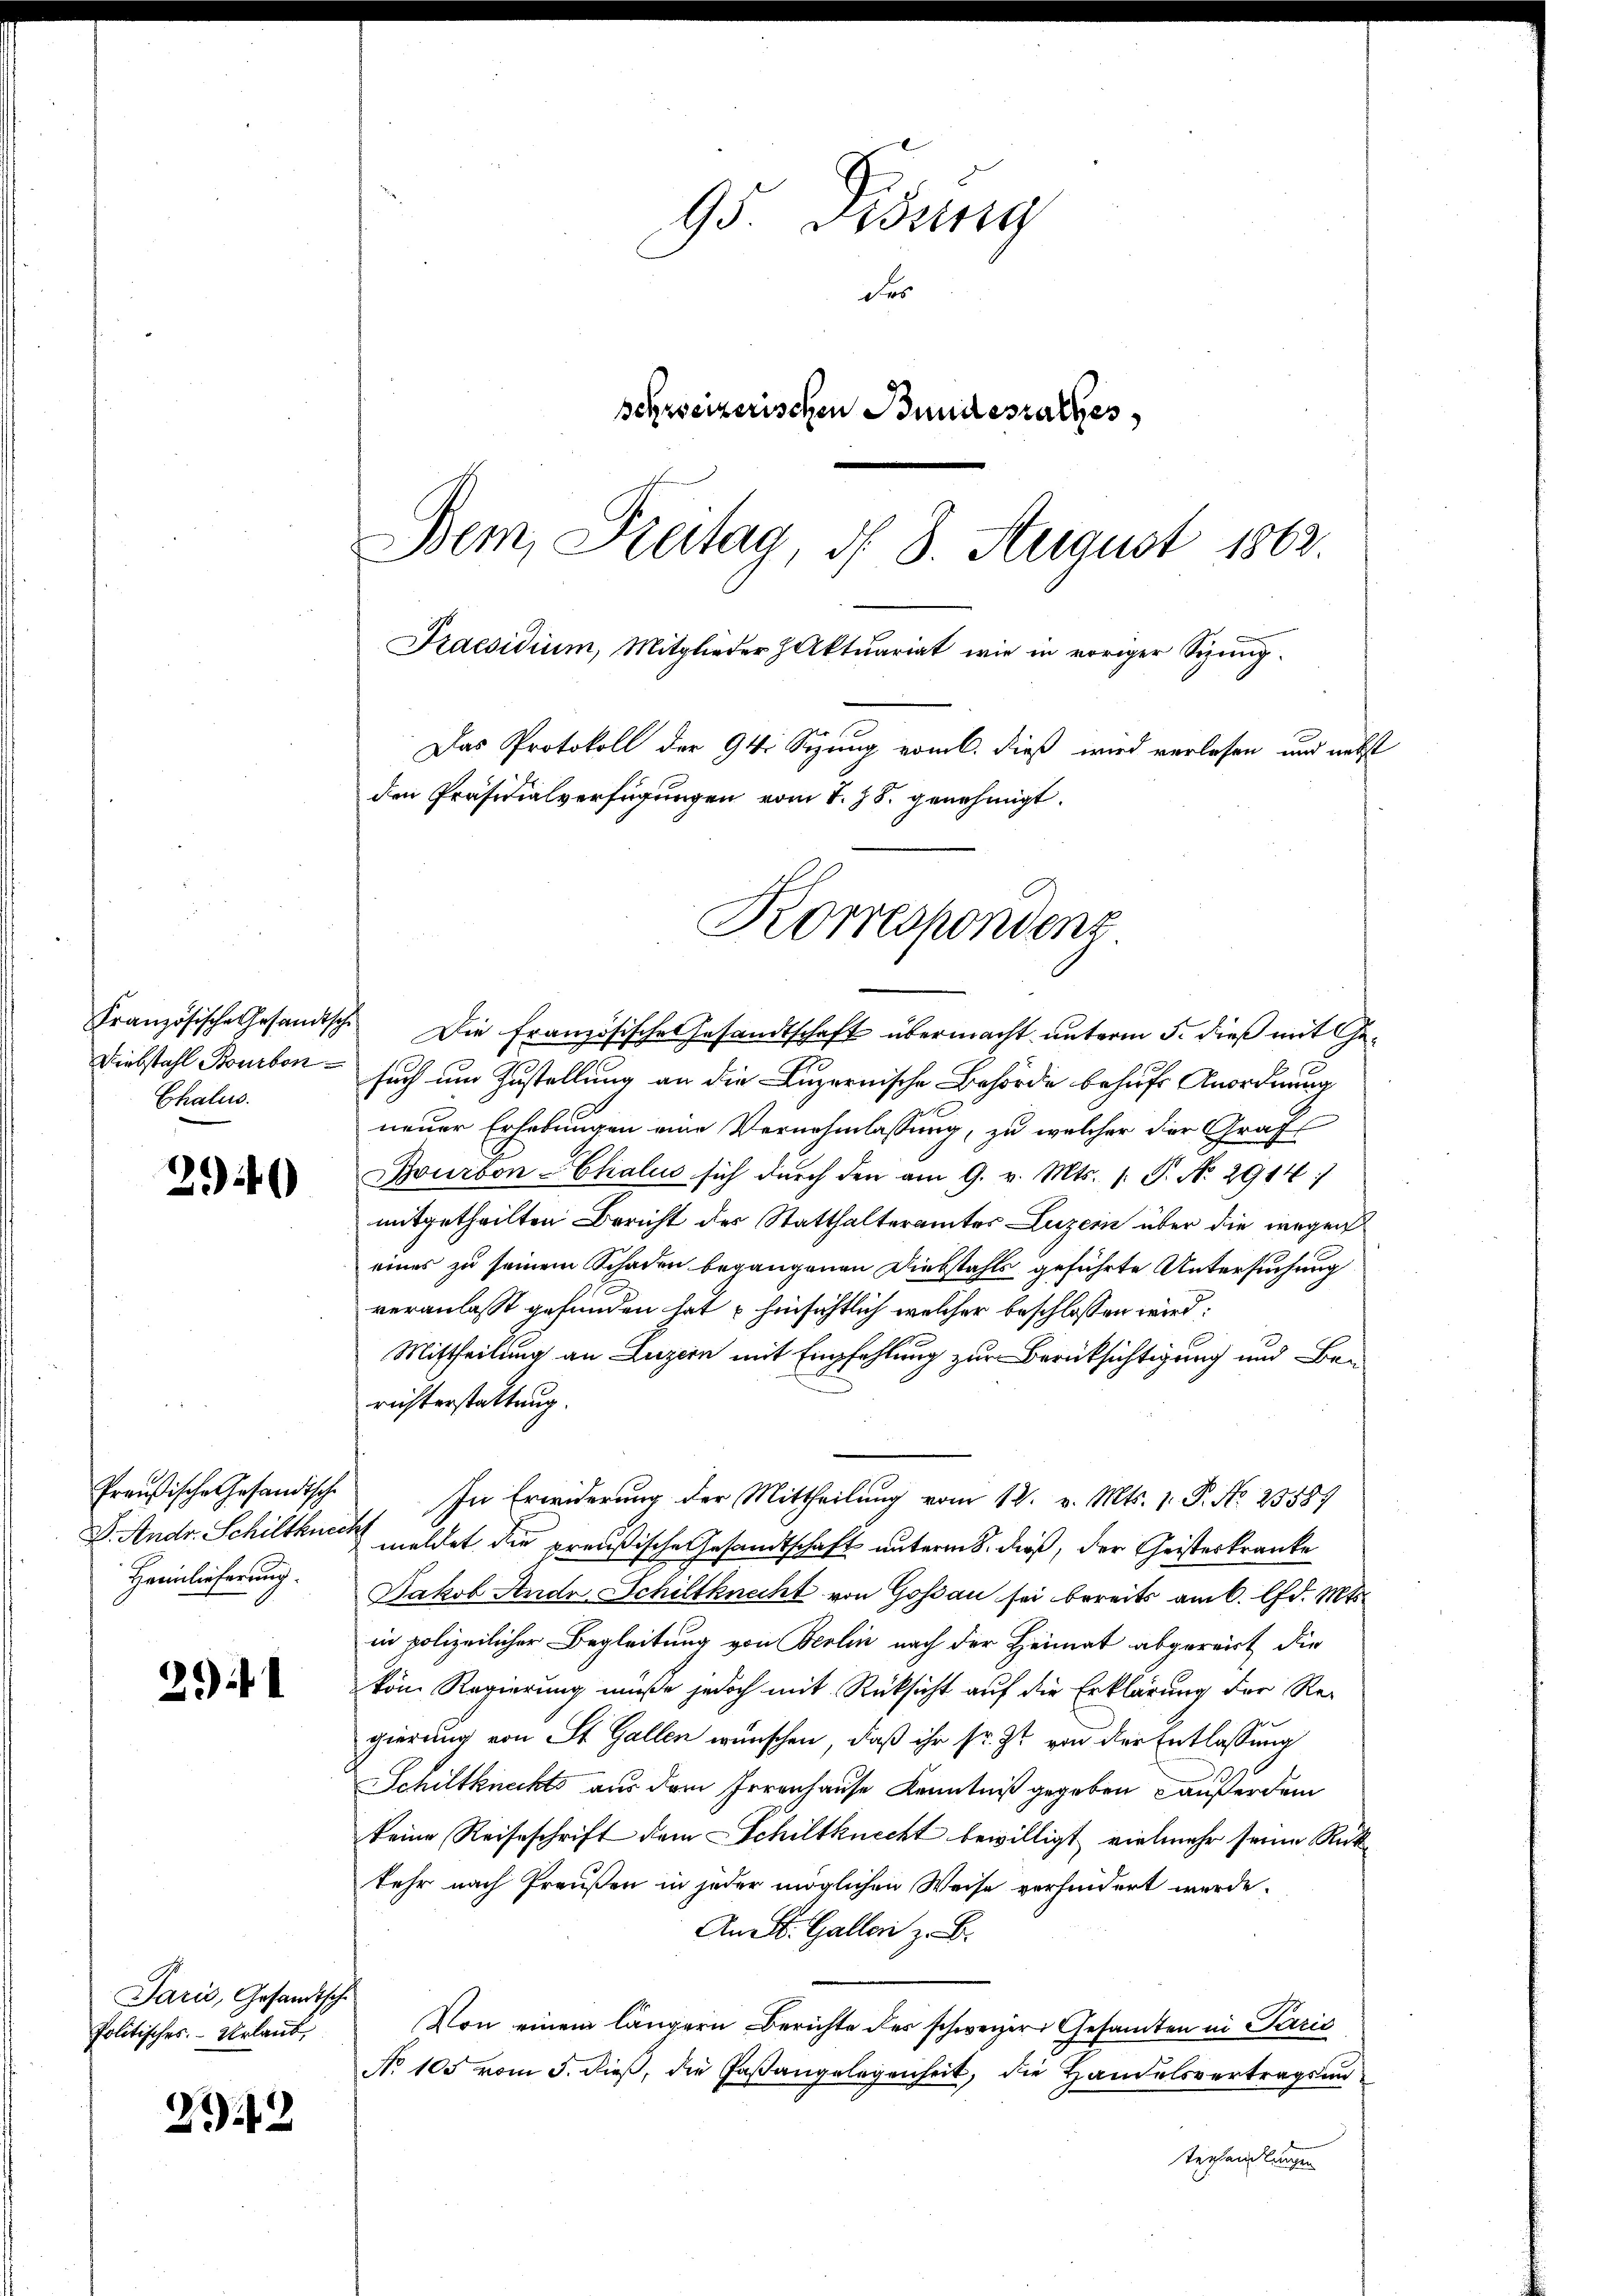
Diebstahl Bourbon
Chalus.

296

Preußische Gesandtsche
V. Andr. Schiltkueer
Heimlieferung.

291

Paris, Gesandtsche
Politisches. — Urlaub

22

95 Didung
des
schweizerischen Bundesrathes
Bem, Dreitag, d. 8. August 1863.
Praesidium, Mitglieder Aktuariat wie in voriger Sigŭng.
Das Protokoll der 94. Sizung vom 6. dieß wird verlesen und nebst
den Präsidialverfügungen vom 1. Js. genehmigt.

Korrespondenz

Französische Gesandische Die Französische Gesandtschaft übermacht unterm 5. dieß mit Gesuch um Zustellung an die Luzernische Behörde behufs Anordnung
neuer Erhebungen eine Vernehmlassung, zu welcher der Graf
Bourbon Chalu sich durch den am 9. v. Mts. 1. P. No. 2914:
mitgetheilten Bericht des Statthalteramtes Luzern über die wegen
eines zu seinem Schaden begangenen Diebstahls geführte Untersuchung
veranlasst gefunden hat hinsichtlich welcher beschlossen wird:
Mittheilung an Luzern mit Empfehlung zur Berücksichtigung und Be-
richterstattung.
In Erwiderung der Mittheilung vom 18. v. Mts. 1. P. No 25587
t
meldet die preußische Gesandtschaft unterm 8. dieß, der Geisteskranke
Jakob Ande Schiltknecht von Goßau sei bereits am 6. lfd. Mts.
in polizeilicher Begleitung von Berlin nach der Heimat abgereich die
Vom Regierung müße jedoch mit Rücksicht auf die Erklärung der Regierung von St. Gallen wünschen, daß ihr sr. Zt. von der Entlassung
Schiltknechts aus dem Irrenhause Kenntniß gegeben außerdem
keine Reiseschrift dem Schiltknecht bewilligt vielmehr seine Rückkehr nach Preußen in jeder möglichen Weise verhindert werde.
An St. Gallen z. B.
Von einem längern Berichte des schweizer Gesamten in Perić
No 105 vom 5. dieß, die Paßangelegenheit, die Handelsvertragsunterhandlungen